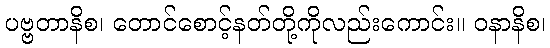
ပဗ္ဗတာနိစ၊ တောင်စောင့်နတ်တို့ကိုလည်းကောင်း။ ဝနာနိစ၊